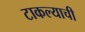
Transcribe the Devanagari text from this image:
टाकल्याची